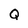
Character: Q